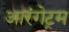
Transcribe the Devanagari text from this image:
आरंगेट्रम